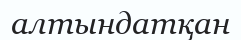
алтындатқан